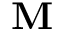
\mathbf { M }